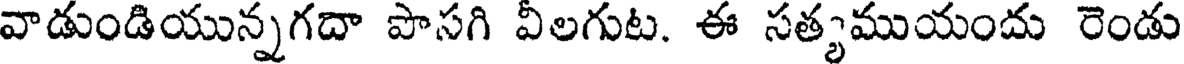
వాడుండియున్నగదా పొసగి వీలగుట. ఈ సత్యముయందు రెండు